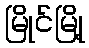
မြိုင်မြို့